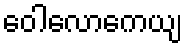
ဝေါလောကေယျ